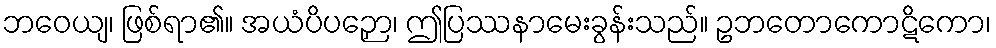
ဘဝေယျ၊ ဖြစ်ရာ၏။ အယံပိပဉှော၊ ဤပြဿနာမေးခွန်းသည်။ ဥဘတောကောဋိကော၊